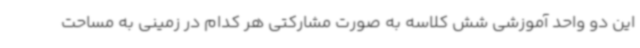
این دو واحد آموزشی شش کلاسه به صورت مشارکتی هر کدام در زمینی به مساحت